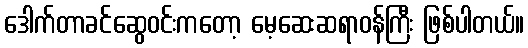
ဒေါက်တာခင်ဆွေဝင်းကတော့ မေ့ဆေးဆရာဝန်ကြီး ဖြစ်ပါတယ်။